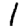
Digit: 1